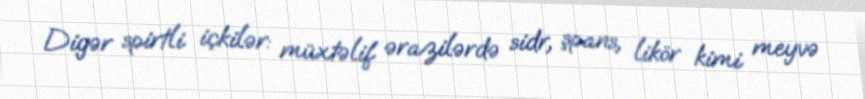
Digər spirtli içkilər: müxtəlif ərazilərdə sidr, şpans, likör kimi meyvə